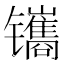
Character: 𫔔